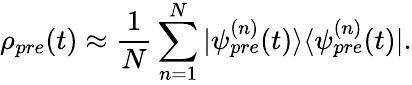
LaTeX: \rho_{pre}(t)\approx\frac{1}{N}\sum_{n=1}^{N}|\psi_{pre}^{(n)}(t)\rangle\langle\psi_{pre}^{(n)}(t)|.